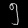
Digit: ၅